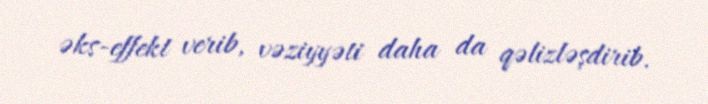
əks-effekt verib, vəziyyəti daha da qəlizləşdirib.